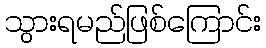
သွားရမည်ဖြစ်ကြောင်း